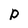
Character: p